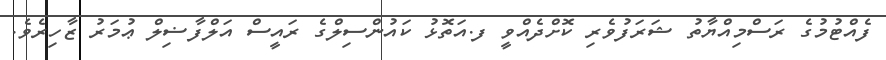
ފެއްޓުމުގެ ރަސްމިއްޔާތު ޝަރަފުވެރި ކޮށްދެއްވީ ފ.އަތޮޅު ކައުންސިލްގެ ރައީސް އަލްފާޟިލް ޢުމަރު ޒާހިރެވެ.